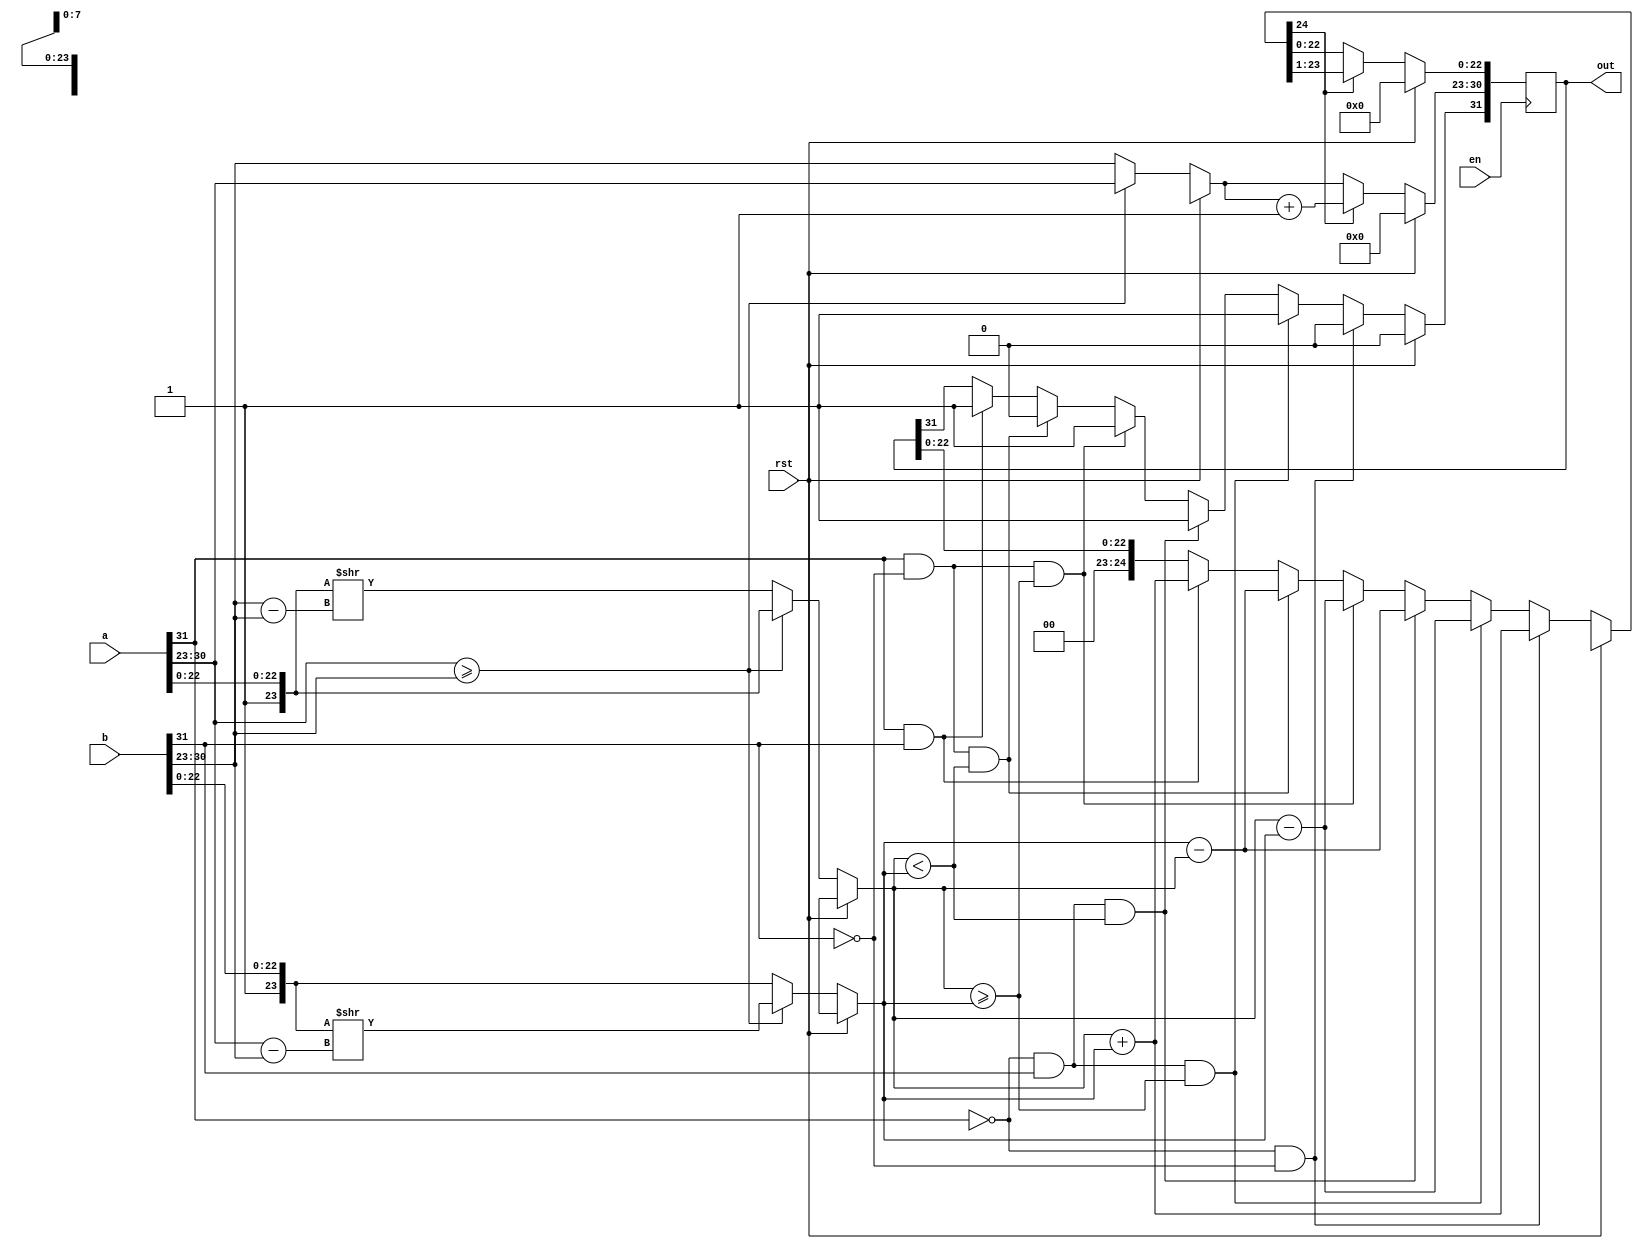
module approx_add (
    input [31:0] a,b,
    input en,rst,
  output reg [31:0] out
);

reg [7:0] exp_r;
reg [23:0] man_a, man_b;

  always @(negedge en) begin
  if(!rst) begin
    man_a = a[22:0];
    man_b = b[22:0];
    man_a[23] = 1;
    man_b[23] = 1;

    if(a[30:23] >= b[30:23]) begin
        exp_r = a[30:23] - b[30:23];
        man_b = man_b >> exp_r;
        exp_r  = a[30:23];
    end

    else begin
        exp_r = b[30:23] - b[30:23];
        man_a = man_a >> exp_r;
        exp_r = b[30:23];
    end

    out[24:23] = 0;

  if(a[31] == 0 && b[31] == 0) begin
        out[24:0] = man_a + man_b;
    out[31] = 0; 
    end

    else if(a[31] == 0 && b[31] == 1 && man_a >= man_b) begin
        out[24:0] = man_a - man_b;
        out[31] = 1;
    end

    else if(a[31] == 0 && b[31] == 1 && man_a < man_b) begin
        out[24:0] = man_b - man_a;
        out[31] = 1;
    end

    else if(a[31] == 1 && b[31] == 0 && man_a >= man_b) begin
        out[24:0] = man_a - man_b;
        out[31] = 1;
    end

    else if(a[31] == 1 && b[31] == 0 && man_a < man_b) begin
        out[24:0] = man_b - man_a;
        out[31] = 0;
    end

    else if(a[31] == 1 && b[31] == 1) begin
        out[24:0] = man_a + man_b;
        out[31] = 1;
    end

    if(out[24] == 1) begin
        out[24:0] = out[24:0] >> 1;
        exp_r = exp_r + 1;
    end

    out[30:23] = exp_r;
    end
    else out<=0;
end
    
endmodule